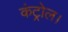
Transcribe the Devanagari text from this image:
कंट्रोल।